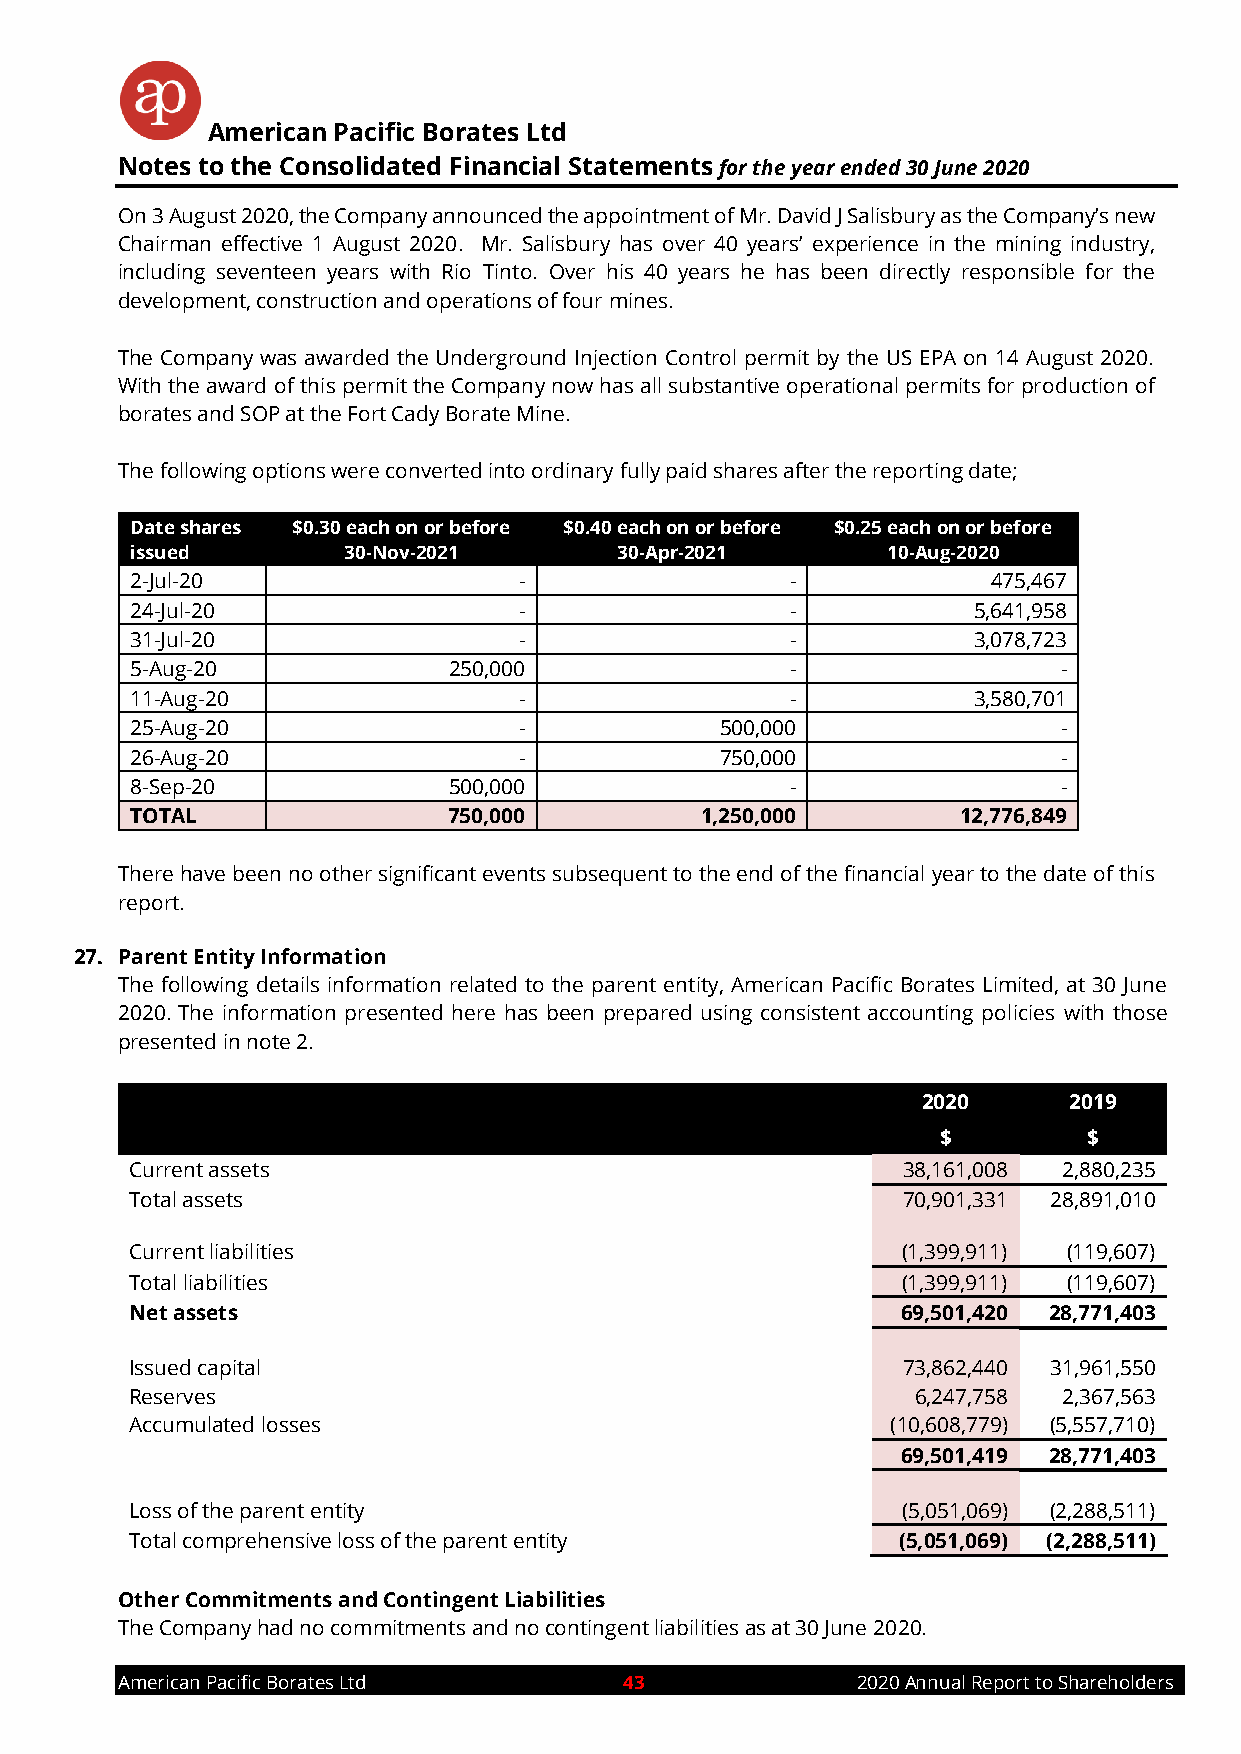
American Pacific Borates Ltd
 Notes to the Consolidated Financial Statements for the year ended 30 June 2020
 On 3 August 2020, the Company announced the appointment of Mr. David J Salisbury as the Company’s new
 Chairman effective 1 August 2020. Mr. Salisbury has over 40 years’ experience in the mining industry,
 including seventeen years with Rio Tinto. Over his 40 years he has been directly responsible for the
 development, construction and operations of four mines.
 The Company was awarded the Underground Injection Control permit by the US EPA on 14 August 2020.
 With the award of this permit the Company now has all substantive operational permits for production of
 borates and SOP at the Fort Cady Borate Mine.
 The following options were converted into ordinary fully paid shares after the reporting date;
 Date shares $0.30 each on or before $0.40 each on or before $0.25 each on or before
 issued        30-Nov-2021       30-Apr-2021       10-Aug-2020
 2-Jul-20                 -                 -             475,467
 24-Jul-20                -                 -           5,641,958
 31-Jul-20                -                 -           3,078,723
 5-Aug-20             250,000               -                 -
 11-Aug-20                -                 -           3,580,701
 25-Aug-20                -             500,000               -
 26-Aug-20                -             750,000               -
 8-Sep-20             500,000               -                 -
 TOTAL                750,000         1,250,000         12,776,849
 There have been no other significant events subsequent to the end of the financial year to the date of this
 report.
 27. Parent Entity Information
 The following details information related to the parent entity, American Pacific Borates Limited, at 30 June
 2020. The information presented here has been prepared using consistent accounting policies with those
 presented in note 2.
 2020      2019
 $         $
 Current assets                                     38,161,008 2,880,235
 Total assets                                       70,901,331 28,891,010
 Current liabilities                                (1,399,911) (119,607)
 Total liabilities                                  (1,399,911) (119,607)
 Net assets                                         69,501,420 28,771,403
 Issued capital                                     73,862,440 31,961,550
 Reserves                                            6,247,758 2,367,563
 Accumulated losses                                (10,608,779) (5,557,710)
 69,501,419 28,771,403
 Loss of the parent entity                          (5,051,069) (2,288,511)
 Total comprehensive loss of the parent entity     (5,051,069) (2,288,511)
 Other Commitments and Contingent Liabilities
 The Company had no commitments and no contingent liabilities as at 30 June 2020.
 American Pacific Borates Ltd     43              2020 Annual Report to Shareholders